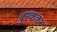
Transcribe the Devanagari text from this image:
बुरककर